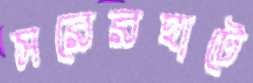
সরেরহাটে